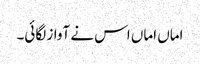
اماں اماں اس نے آواز لگائی۔